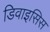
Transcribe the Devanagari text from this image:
डिवाइसिस